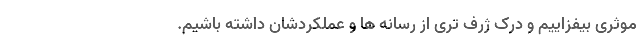
موثری بیفزاییم و درک ژرف تری از رسانه ها و عملکردشان داشته باشیم.